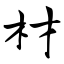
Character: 材